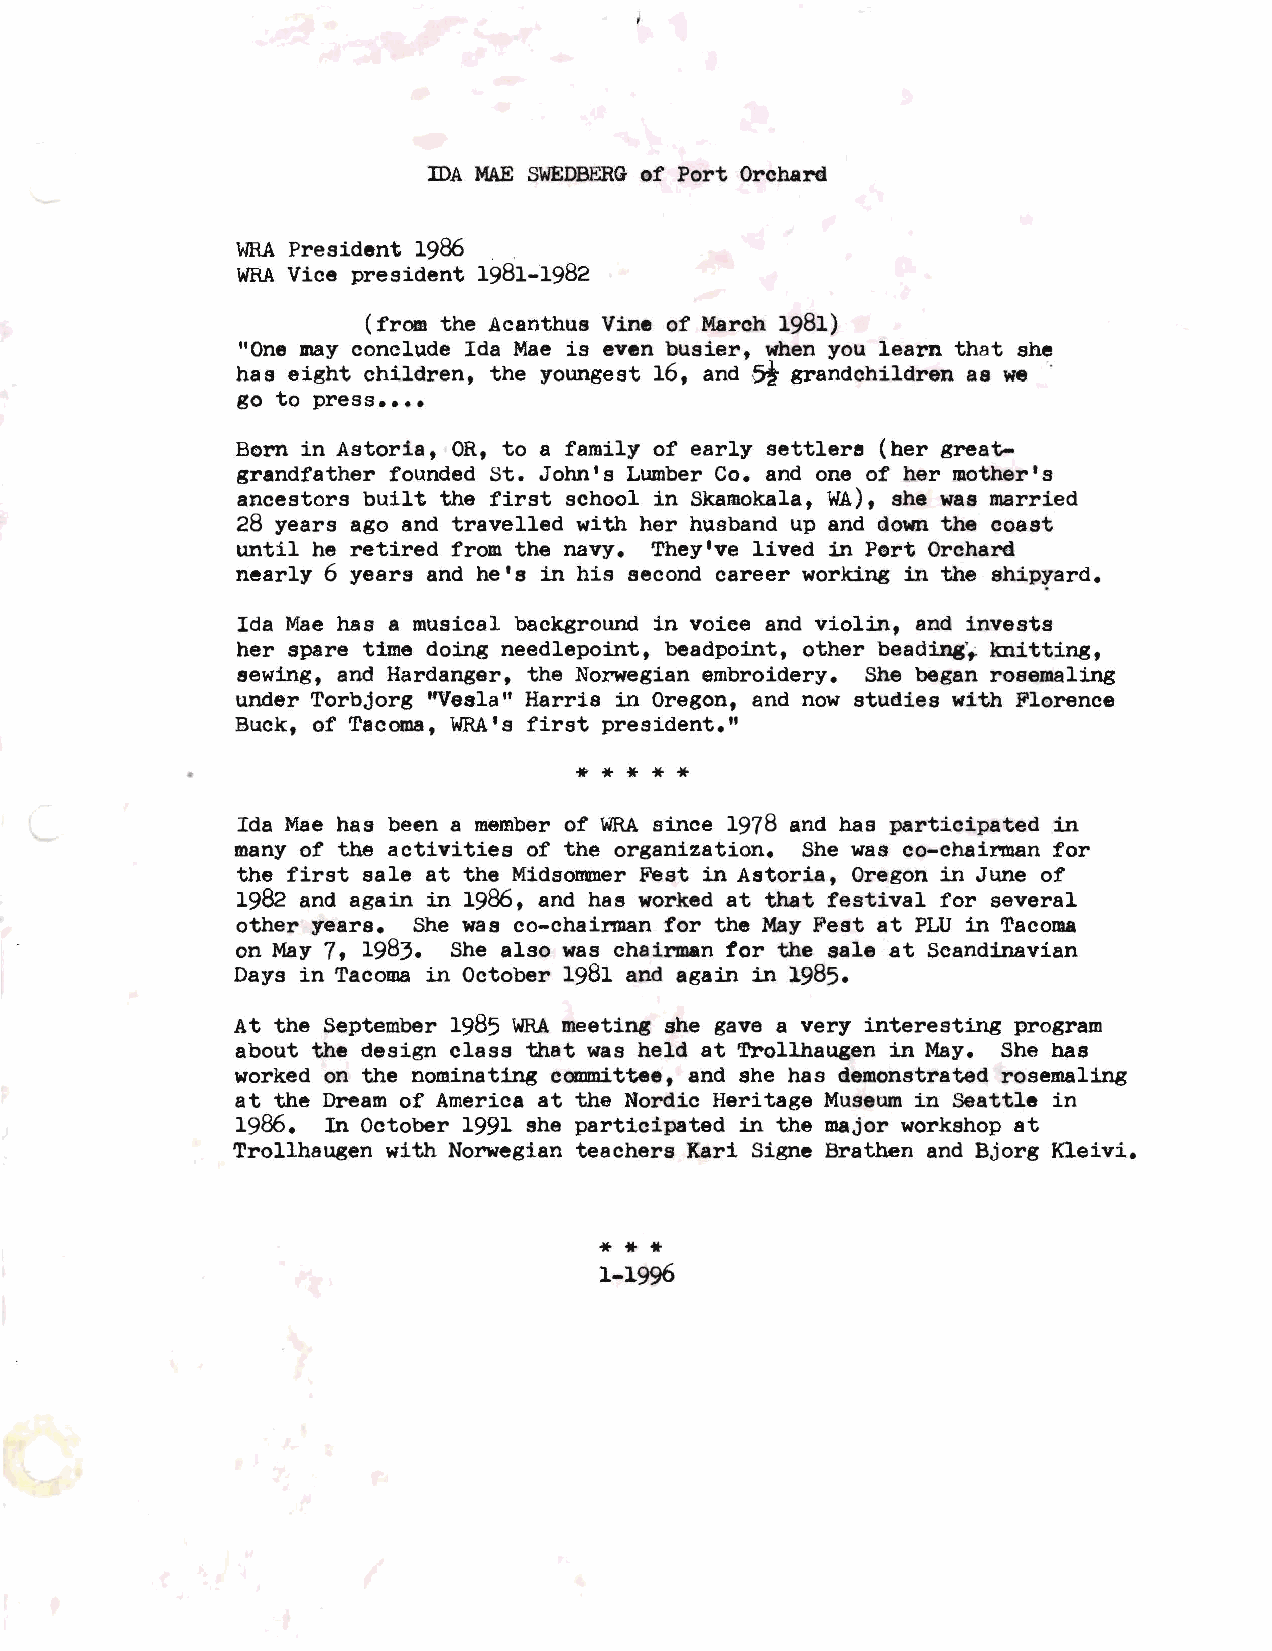
IDA MAES WEDID:RoGf Port Orchard
 WRAP resident 1986
 WRAV ice president 1981-1982
 ( from the Acanthus Vine of March 1981)
 "One may conclude Ida Mae is even busier, when you learn that she
 has eight children, the youngest 16, and S, grandchildren as we
 go to press ••••
 Born in Astoria, OR, to a family of early settlere (her great
 grandfather founded St. John's Lumber Co. and one of her mother's
 ancestors built the first school in Skamokala, WA), she was married
 28 years ago and travelled with her husband up and down the coast
 until he retired from the navy. They've lived in Port Orchard
 nearly 6 years and he's in his second career working in the shipyard.
 Ida Mae has a musical background in voice and violin, and invests
 her spare time doing needlepoint, beadpoint, other beading',: knitting,
 sewing, and Hardanger, the Norwegian embroidery. She began rosemaling
 under Torbjorg "Vesla" Harris in Oregon, and now studies with Florence
 Buck, of Tacoma, WRA's first president."
 * * * * *
 Ida Mae has been a member of WRAs ince 1978 and has participated in
 many of the activities of the organization. She was co-chairman for
 the first sale at the Midsommer Fest in Astoria, Oregon in June of
 1982 and again in 1986, and has worked at that festival for several
 other years. She was co-chairman for the May Fest at PLU in Tacoma
 on May 7, 1983. She also was chairman for the sale at Scandinavian
 Days in Tacoma in October 1981 and again in 1985.
 At the September 1985 WRAm eeting she gave a very interesting program
 about the design class that was held at Trollhaugen in May. She has
 worked on the nominating committee, and she has demonstrated rosemaling
 at the Dream of America at the Nordic Heritage Museum in Seattle in
 1986. In October 1991 she participated in the major workshop at
 Trollhaugen with Norwegian teachers Kari Signe Brathen and Bjorg Kleivi.